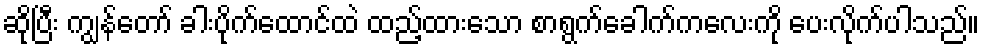
ဆိုပြီး ကျွန်တော် ခါးပိုက်ထောင်ထဲ ထည့်ထားသော စာရွက်ခေါက်ကလေးကို ပေးလိုက်ပါသည်။